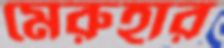
মেরুহার